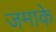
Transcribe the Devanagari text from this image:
जमाके